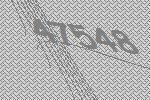
47548